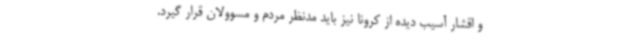
و اقشار آسیب دیده از کرونا نیز باید مدنظر مردم و مسوولان قرار گیرد.